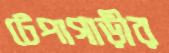
টেপাগাড়ীর